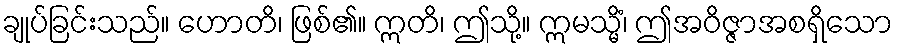
ချုပ်ခြင်းသည်။ ဟောတိ၊ ဖြစ်၏။ ဣတိ၊ ဤသို့။ ဣမသ္မိံ၊ ဤအဝိဇ္ဇာအစရှိသော